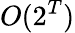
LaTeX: O(2^{T})